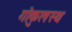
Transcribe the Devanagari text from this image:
गोकुलस्थ